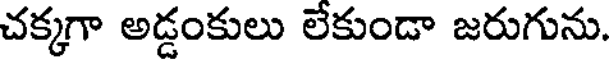
చక్కగా అడ్డంకులు లేకుండా జరుగును.